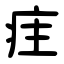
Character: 疰